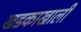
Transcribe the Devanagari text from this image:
खडकाखाली